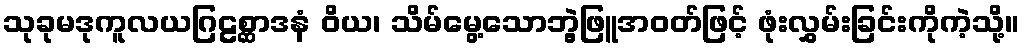
သုခုမဒုကူလယဂြဠစ္ဆာဒနံ ဝိယ၊ သိမ်မွေ့သောဘွဲ့ဖြူအဝတ်ဖြင့် ဖုံးလွှမ်းခြင်းကိုကဲ့သို့။